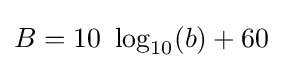
B=10\ \log _{10}(b)+60